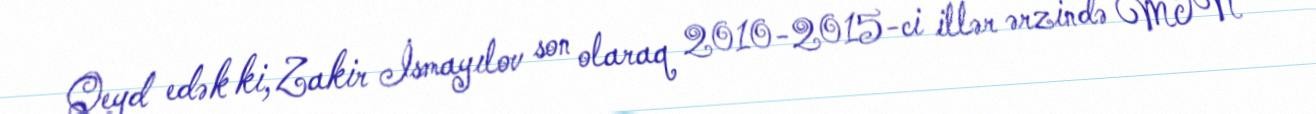
Qeyd edək ki, Zakir İsmayılov son olaraq 2010-2015-ci illər ərzində MTN